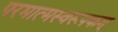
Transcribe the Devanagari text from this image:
परमात्मस्वरूपकम्